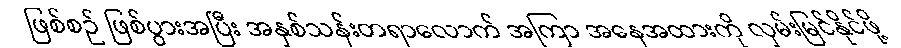
ဖြစ်စဉ် ဖြစ်ပွားအပြီး အနှစ်သန်းတရာလောက် အကြာ အနေအထားကို လှမ်းမြင်နိုင်ဖို့